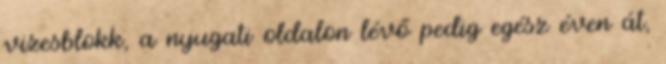
vizesblokk, a nyugati oldalon lévő pedig egész éven át,